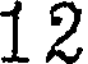
12